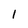
Character: 1